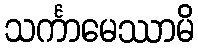
သင်္ကာမေဿာမိ